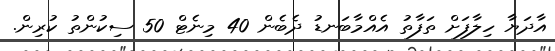
އާދަޔާ ހިލާފަށް ތަފާތު އެއްމާބަނޑު ދެބެން 40 މިނެޓް 50 ސިކުންތު ކުރިން.